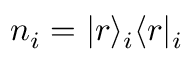
n _ { i } = | r \rangle _ { i } \langle r | _ { i }